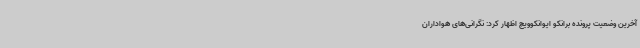
آخرین وضعیت پرونده برانکو ایوانکوویچ اظهار کرد: نگرانی‌های هواداران